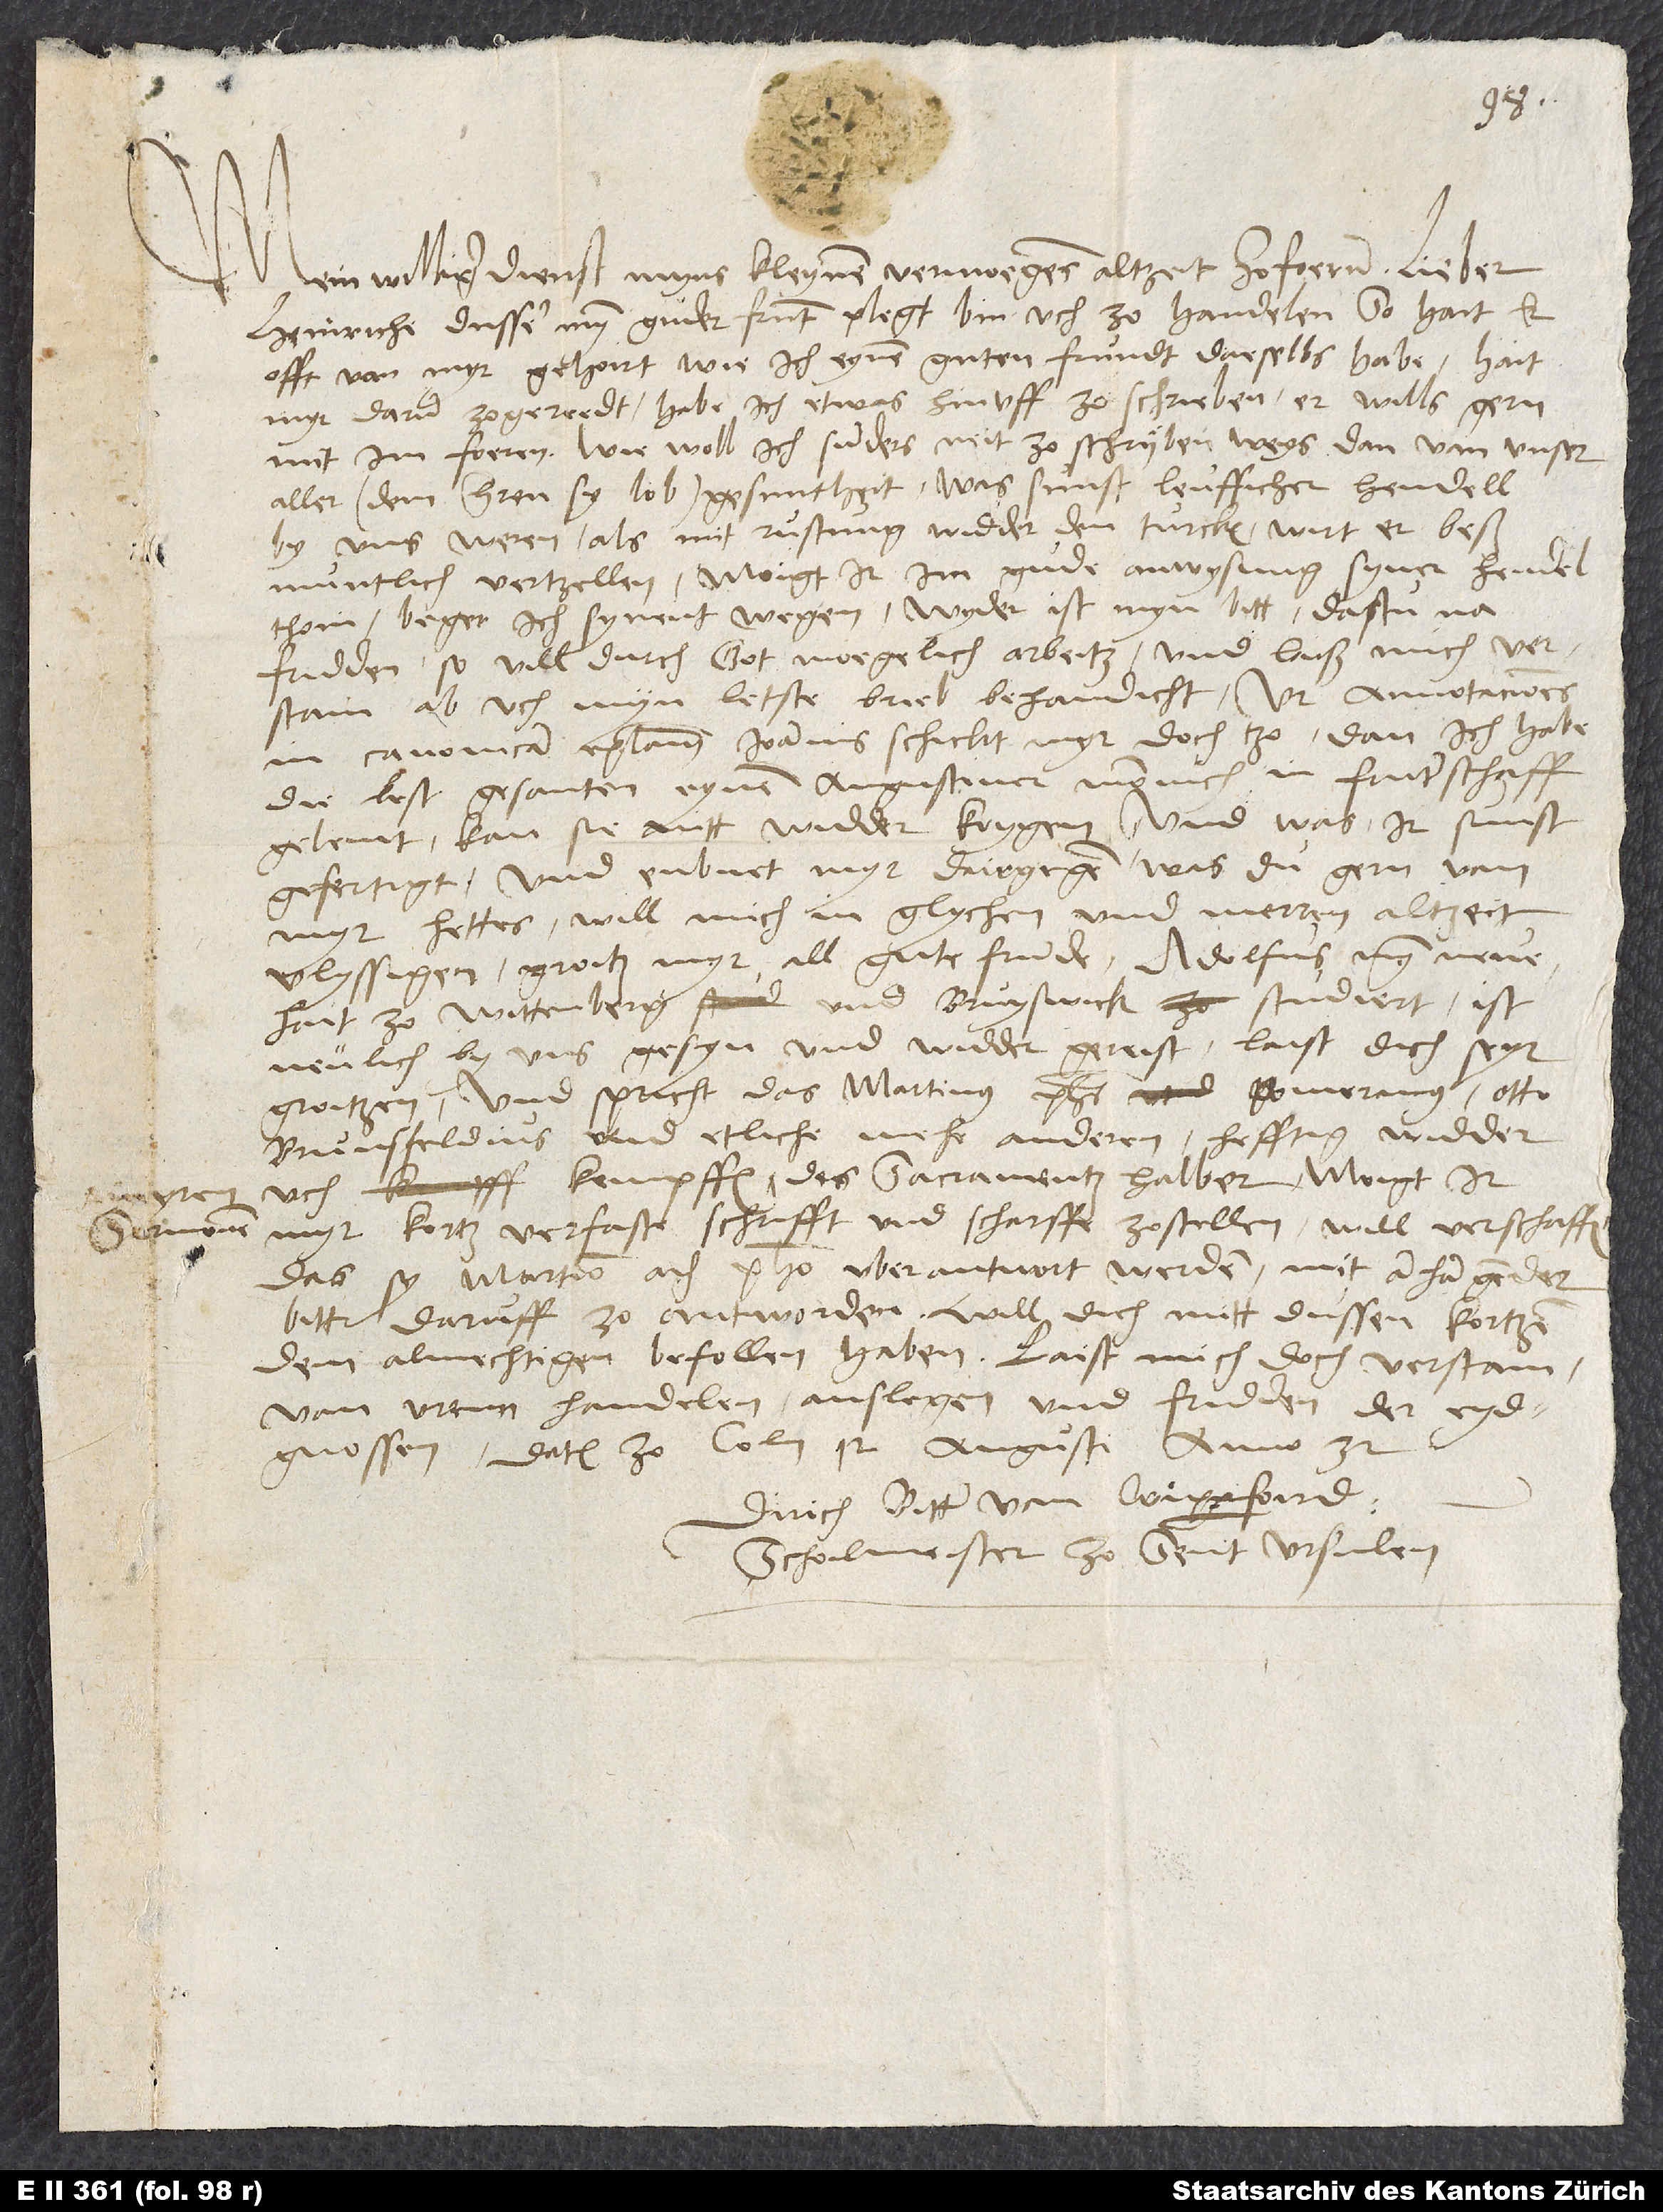
Mein williger dienst myns kleynen vermoegens altzeit zofoern. Lieber
Heinriche, dusser myn guder frunt plegt bin uch zo handelen. So hait er
offt von myr gehoirt, wie ich eynen guten frundt daeselbs habe. Hait
myr darum zogereedt, habe ich etwas hinuff zo schrieben, er wills gern
mit im foeren. Wie woll ich sunders neit zo schrijben weys dan van unser
aller (dem herren sy lob) gesuntheit. Was sunst leufficher hendell
by uns weren, als mit rustung widder den Turcken, wirt er beß
muntlich vertzellen. Moigt ir im gude anwysung syner hendel
thoin, beger ich synent wegen. Wyder ist myn bitt, das tu na
fridden, so vill durch gott moegelich, arbeitz, und laiß mich verstain,
in canonicam epistolam Ioannis schickt myr doch tzo, dan ich habe
die lest gesanten eynem Augustiner monnich in fruntschaff
geleint, kan si nitt widder krygen, und was ir sunst
gefertigt. Und enbuet myr dairgegen, was du gern von
myr hettes. Will mich in glychen und merrem altzeit
vlyssigen. Groitz myr all gute frunde. Adolfus, myn neye,
hait zo Wittenberg und Bruyswick studiert, ist
neulich by uns gesyn und widder gereist. Laist dich seyr
groitzen und spricht, das Martinus, Pho uberantvort
bitt, daruff zo antworden. Will dich mitt dussen kortzen
dem almechtigen befollen haben. Laist mich doch verstain
von uren handelen, anslegen und fridden der Eydgnossen.
Datum zo Coln, 12. augusti anno 32.
Dirich Bitter van Wipperfoird,
scholmeister zo Sant Ursulen.